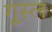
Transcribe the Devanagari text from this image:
गु़स्ल